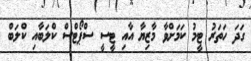
ގަދަ ހަތަރު ޓީމު ކަމަށްވާ މާޒިޔާ އާއި ޓީސީ ސްޕޯޓްސް ކްލަބާއި ކްލަބް